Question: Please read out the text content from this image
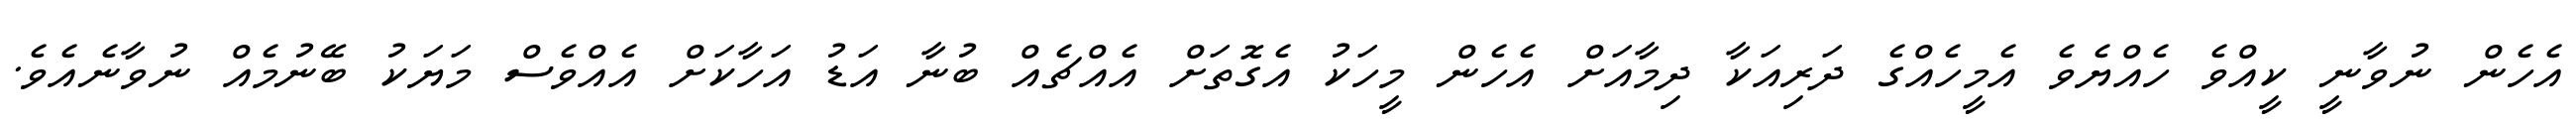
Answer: އެހެން ނުވާނީ ކީއްވެ ހެއްޔެވެ އެމީހެއްގެ ދަރިއަކާ ދިމާއަށް އެހެން މީހަކު އެގޮތަށް އެއްޗެއް ބުނާ އަޑު އަހާކަށް އެއްވެސް މަޔަކު ބޭނުމެއް ނުވާނެއެވެ.